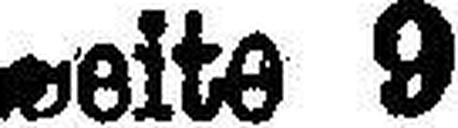
Seite 9